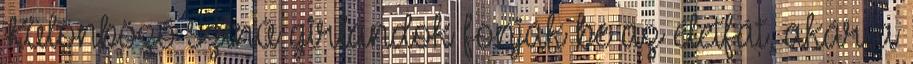
Különböző színű girlandok fonják be az életfát, akár a